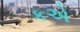
કએ